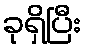
ခုရှိပြီး